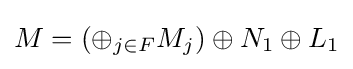
M=(\oplus _{j\in F}M_{j})\oplus N_{1}\oplus L_{1}